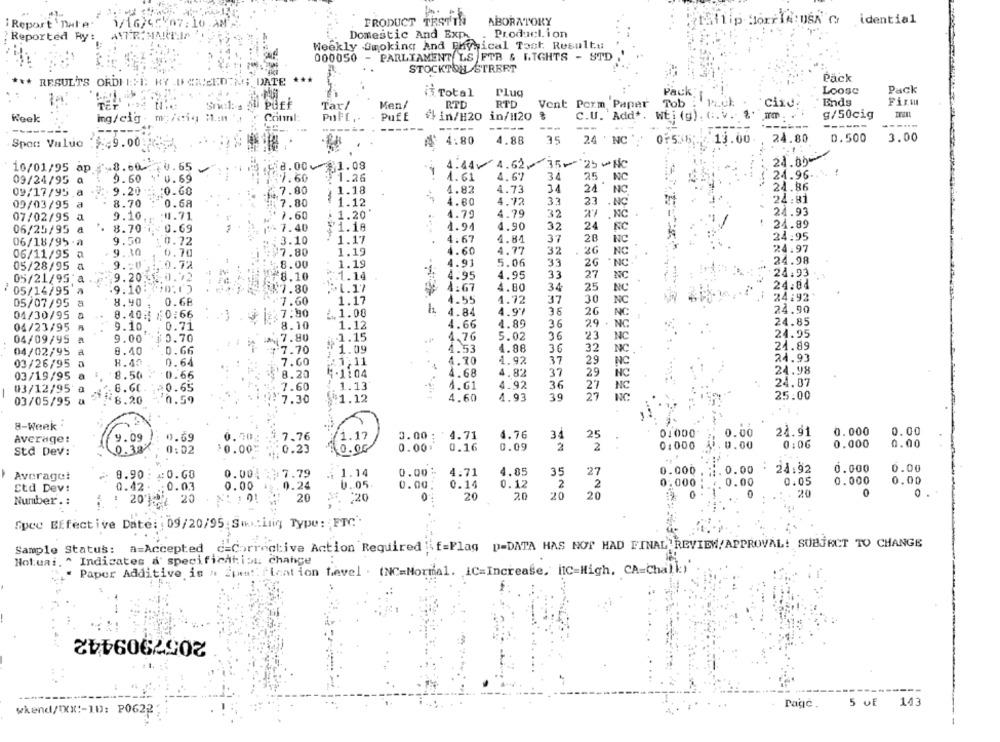
PRODUCT TESTTh
ABORATORY
failip. Morris: DSA'Gr idential
i Report 'nal'e-
1/16/65907:10 AM-
Reported Ry: AVER:MAIT.In
Domestic And Expo
Production
Weekly Smoking And Physical Toot Results
000050
- PARLIAMENT LS FTB & LIGHTS - STD
STOCKTOH STREET
*** RESUL'S ORDIEMI: KY DCREEDTM ;_ DATE
...
Pack
Pack
ii Total
Plug
Pack
Loose
Snel: s Puff
RTD
Vent Perm Paper
Tob :
ciru.
Ends
Fixa
Tar/
Men/
RTD
Wook
ing/cig . my/cig i.mn
Connl:
PuFf .-
Puff
fin/H20 in/1120
C.U. Add *.
WEi (g) . G. V. &'
g/50cig
--.
-----
4.80
4.88
35
24 ' NC ''
0+535;
13.00.
24.80
D.500
3.00
Spor Value :9.00
10/01/95 ap ~~ 8.60.2;
0.65
518.00 1.08
4.441 4.62⑇ 35+ 25 >Nc
9.60
0.69
747.60
1.26
1.61
4.67
34
25 NC
24.96-
09/24/95 @
09/17/95 .a
9.20
:0.60
£.7.80
1.18
4.82
4.73
31
24 NC.
24.86
33
23
24:81
09/03/95 a
8.70
0.68
7.80
1.12
4.60
4.72
. NO
9.10
.41.71
1.60
1.20
4.79
4.79
32
. NC
24.93
07/02/95 a
06/25/95 a
8.70
0.69
4 7.40
1.18
1.94
4.90
32
24
FC
24.89
--
37
28
24:95
06/18/95-2
9.50
0.72
3.10
1.17
4.67
4.84
NC
9.30
0.70
7.80
1.19
4.60
4.77
32
26
NC
24.97
06/11/95 a
24.98
05/28/95 a
9 .: 0
1. 0.72
8.00
1.19
4.91
5.06
33
20
NC
*
4.95
33
27
NC
24.93
05/21/95 a
9.20 50.72
$8.10
. . 1.14
4.95
9.10:
£7.80
4.67
4.80
34
25
NC
24.04
05/14/95 8
24:92
05/07/95 a
8.40
0.68
7.60
1.17
4.55
1.72
37
30
NC
4.84
4.97
38
20
24.90
04/30/95
8.40:1 10:66
:7:90
1.1.08
NC
04/23/95
0.71
8.10
1.12
4.66
4.89
36
29
NO
24.85
9.10.
24.95
04/09/95
9.00
0.70
7.80
1.15
4.76
5.02
36
23
NC
7.70
1.09
4.53
4.88
36
32
NC
24.89
04/02/95
a
0.40
0.66
2
03/26/95 a
8.40
0.64
7. 60
:1,11
4.70
4.92
37
29
NC
24.93
4.82
37
29
NC
24.98
03/19/95 a
8.50
0.66
8.20
4-1:04
4.68
7.60
1.13
4.61
4.92
3
27
NC
24.07
03/12/95 a
6.60
=0.65
03/05/95 a
8.20
0.59
7.30
$1.12
4.60
4.93
39
27
NC
25.00
8-Week .
0.000
0.00
9.09
0.69
0.70;
7.76
1.17
0.00 : 4.71
4.76
34
25
01000
0.00
24.91
Average:
0.09
2
0:000
.0.00
0:06
0.000
0.00
Std Dev:
0.38
0:02
$0.00
:0.23
0.00
0.00.
0.16
2
0.000. ;:. 0.00 . 24:92
0.000
0.00
8.90
=: 0.00
0.004
$7.79
1.14
0.00*
4.71
4.85
35
27
Average:
0.000 : . 0.00
0.05
0.000
0.00
Std Dev:
0.42
0.03
0.00
0.24
0.05
0.00.
0.14
0.12
2
2
0
20
20
20
20
0
20
Number .:
2020
20
20
220
Spee Effective Date: : 09/20/95:Swx .: ilig Type: FTC.
a=Accepted
c=Corrective Action Required :if=Flag p=DATA HAS NOT HAD FINAL REVIEW/APPROVAL! SUBJECT TO CHANGE
Holuai. ^ Indicates a specifichtist change
Paper Additive is a 2pas !. flaation Level . (NC=Normal. IC=Increase, itC=High, CA=Chalk)
2057909442
5 of 143
wkend/XXX :- 10: P0622
Page .